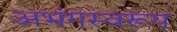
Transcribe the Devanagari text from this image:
अभंगस्वरूप